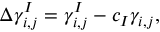
\begin{array} { r } { \Delta \gamma _ { i , j } ^ { I } = \gamma _ { i , j } ^ { I } - c _ { I } \gamma _ { i , j } , } \end{array}